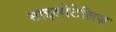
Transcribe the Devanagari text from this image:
साइलोटेलिज़